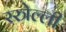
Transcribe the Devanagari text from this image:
रस्त्रेल्ली